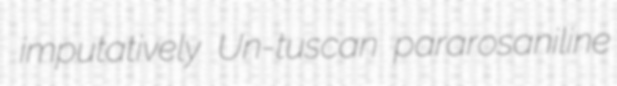
imputatively Un-tuscan pararosaniline